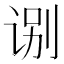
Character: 𰵬